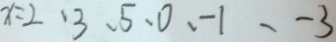
x = 2 , 3 , 5 , 0 , - 1 , - 3